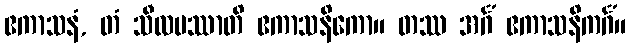
ဧကာသနံ, တံ သီလမဿာတိ ဧကာသနိကော။ တဿ အင်္ဂံ ဧကာသနိကင်္ဂံ။